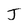
Character: J